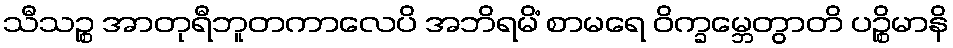
သီသဉ္စ အာတုရီဘူတကာလေပိ အဘိရမိံ စာမရေ ဝိက္ခမ္ဘေတွာတိ ပဉ္စိမာနိ